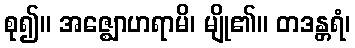
စု၍။ အဇ္ဈောဟရာမိ၊ မျို၏။ တဒန္တရံ၊